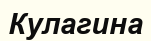
Кулагина